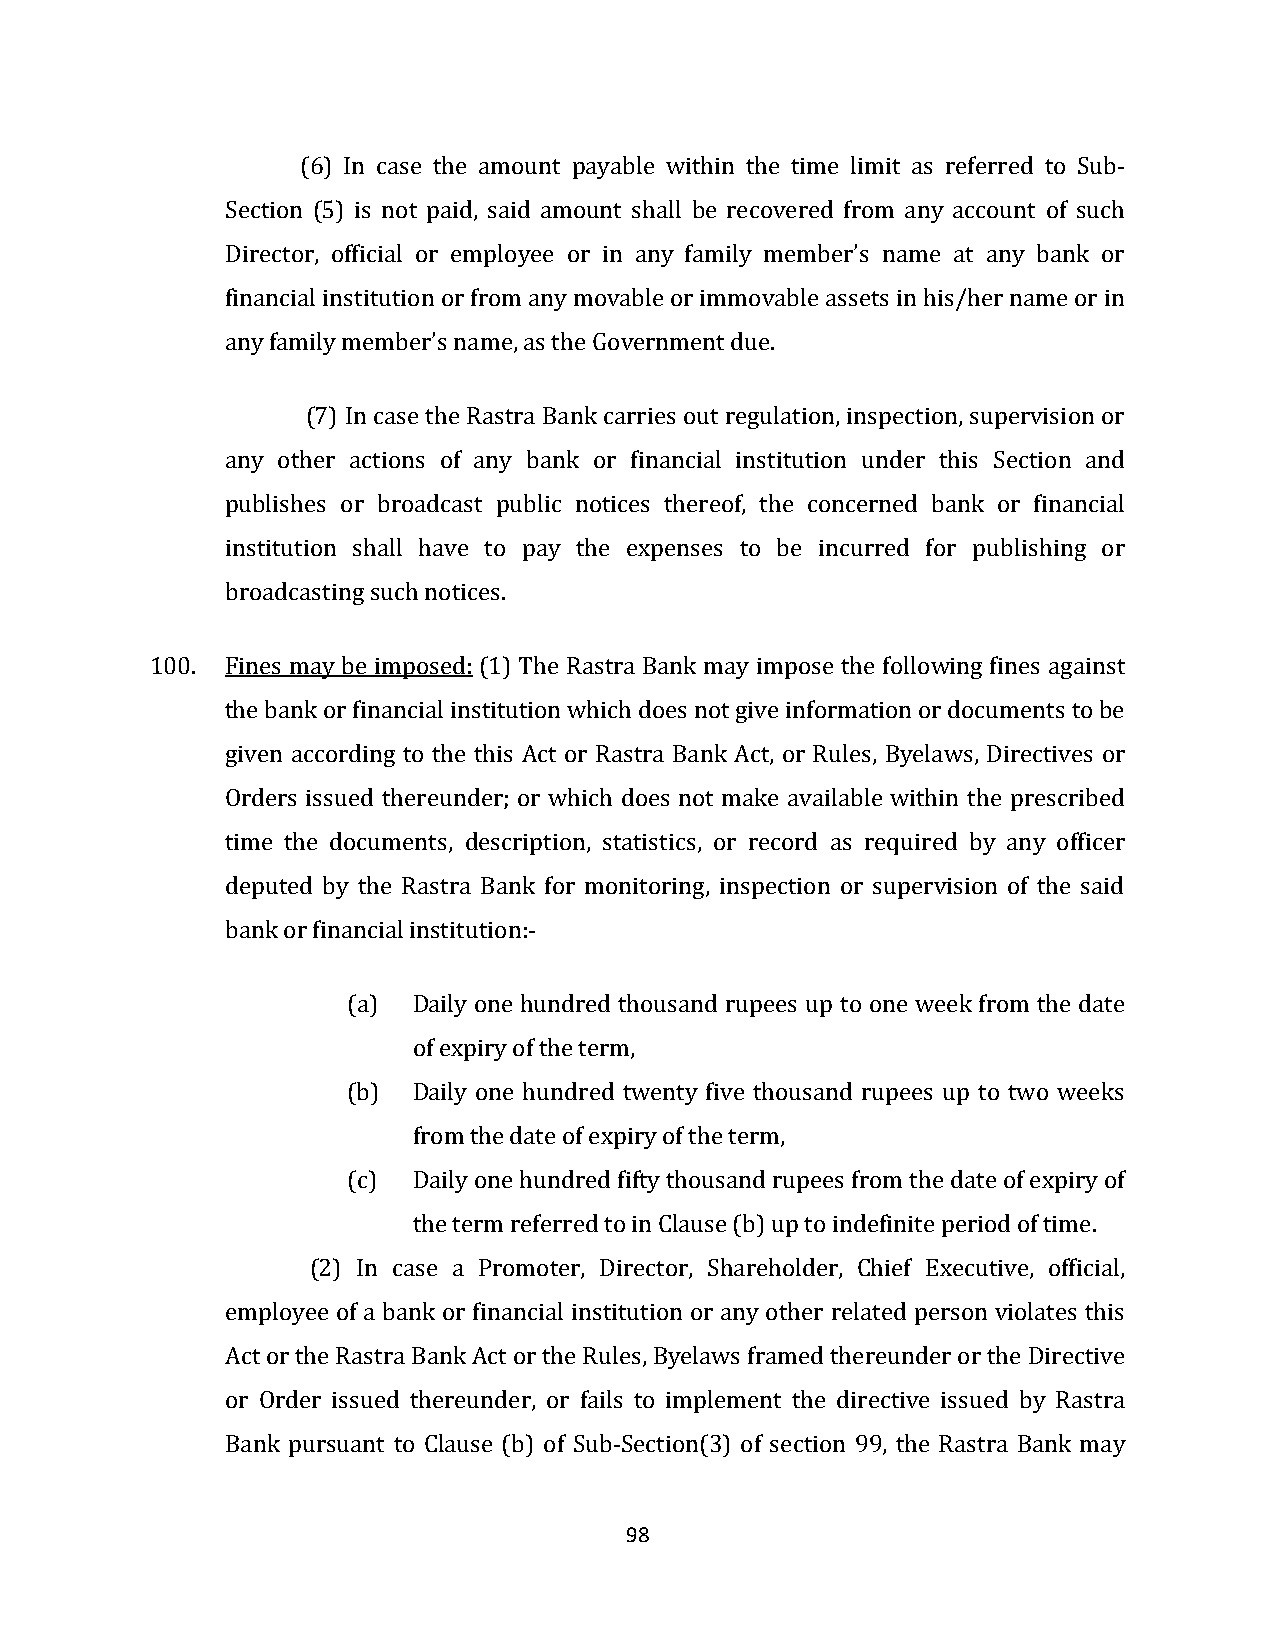
(6) In case the amount payable within the time limit as referred to Sub-
 Section (5) is not paid, said amount shall be recovered from any account of such
 Director, official or employee or in any family member’s name at any bank or
 financial institution or from any movable or immovable assets in his/her name or in
 any family member’s name, as the Government due.
 (7) In case the Rastra Bank carries out regulation, inspection, supervision or
 any other actions of any bank or financial institution under this Section and
 publishes or broadcast public notices thereof, the concerned bank or financial
 institution shall have to pay the expenses to be incurred for publishing or
 broadcasting such notices.
 100. Fines may be imposed: (1) The Rastra Bank may impose the following fines against
 the bank or financial institution which does not give information or documents to be
 given according to the this Act or Rastra Bank Act, or Rules, Byelaws, Directives or
 Orders issued thereunder; or which does not make available within the prescribed
 time the documents, description, statistics, or record as required by any officer
 deputed by the Rastra Bank for monitoring, inspection or supervision of the said
 bank or financial institution:-
 (a) Daily one hundred thousand rupees up to one week from the date
 of expiry of the term,
 (b) Daily one hundred twenty five thousand rupees up to two weeks
 from the date of expiry of the term,
 (c) Daily one hundred fifty thousand rupees from the date of expiry of
 the term referred to in Clause (b) up to indefinite period of time.
 (2) In case a Promoter, Director, Shareholder, Chief Executive, official,
 employee of a bank or financial institution or any other related person violates this
 Act or the Rastra Bank Act or the Rules, Byelaws framed thereunder or the Directive
 or Order issued thereunder, or fails to implement the directive issued by Rastra
 Bank pursuant to Clause (b) of Sub-Section(3) of section 99, the Rastra Bank may
 98